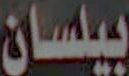
بيلسان